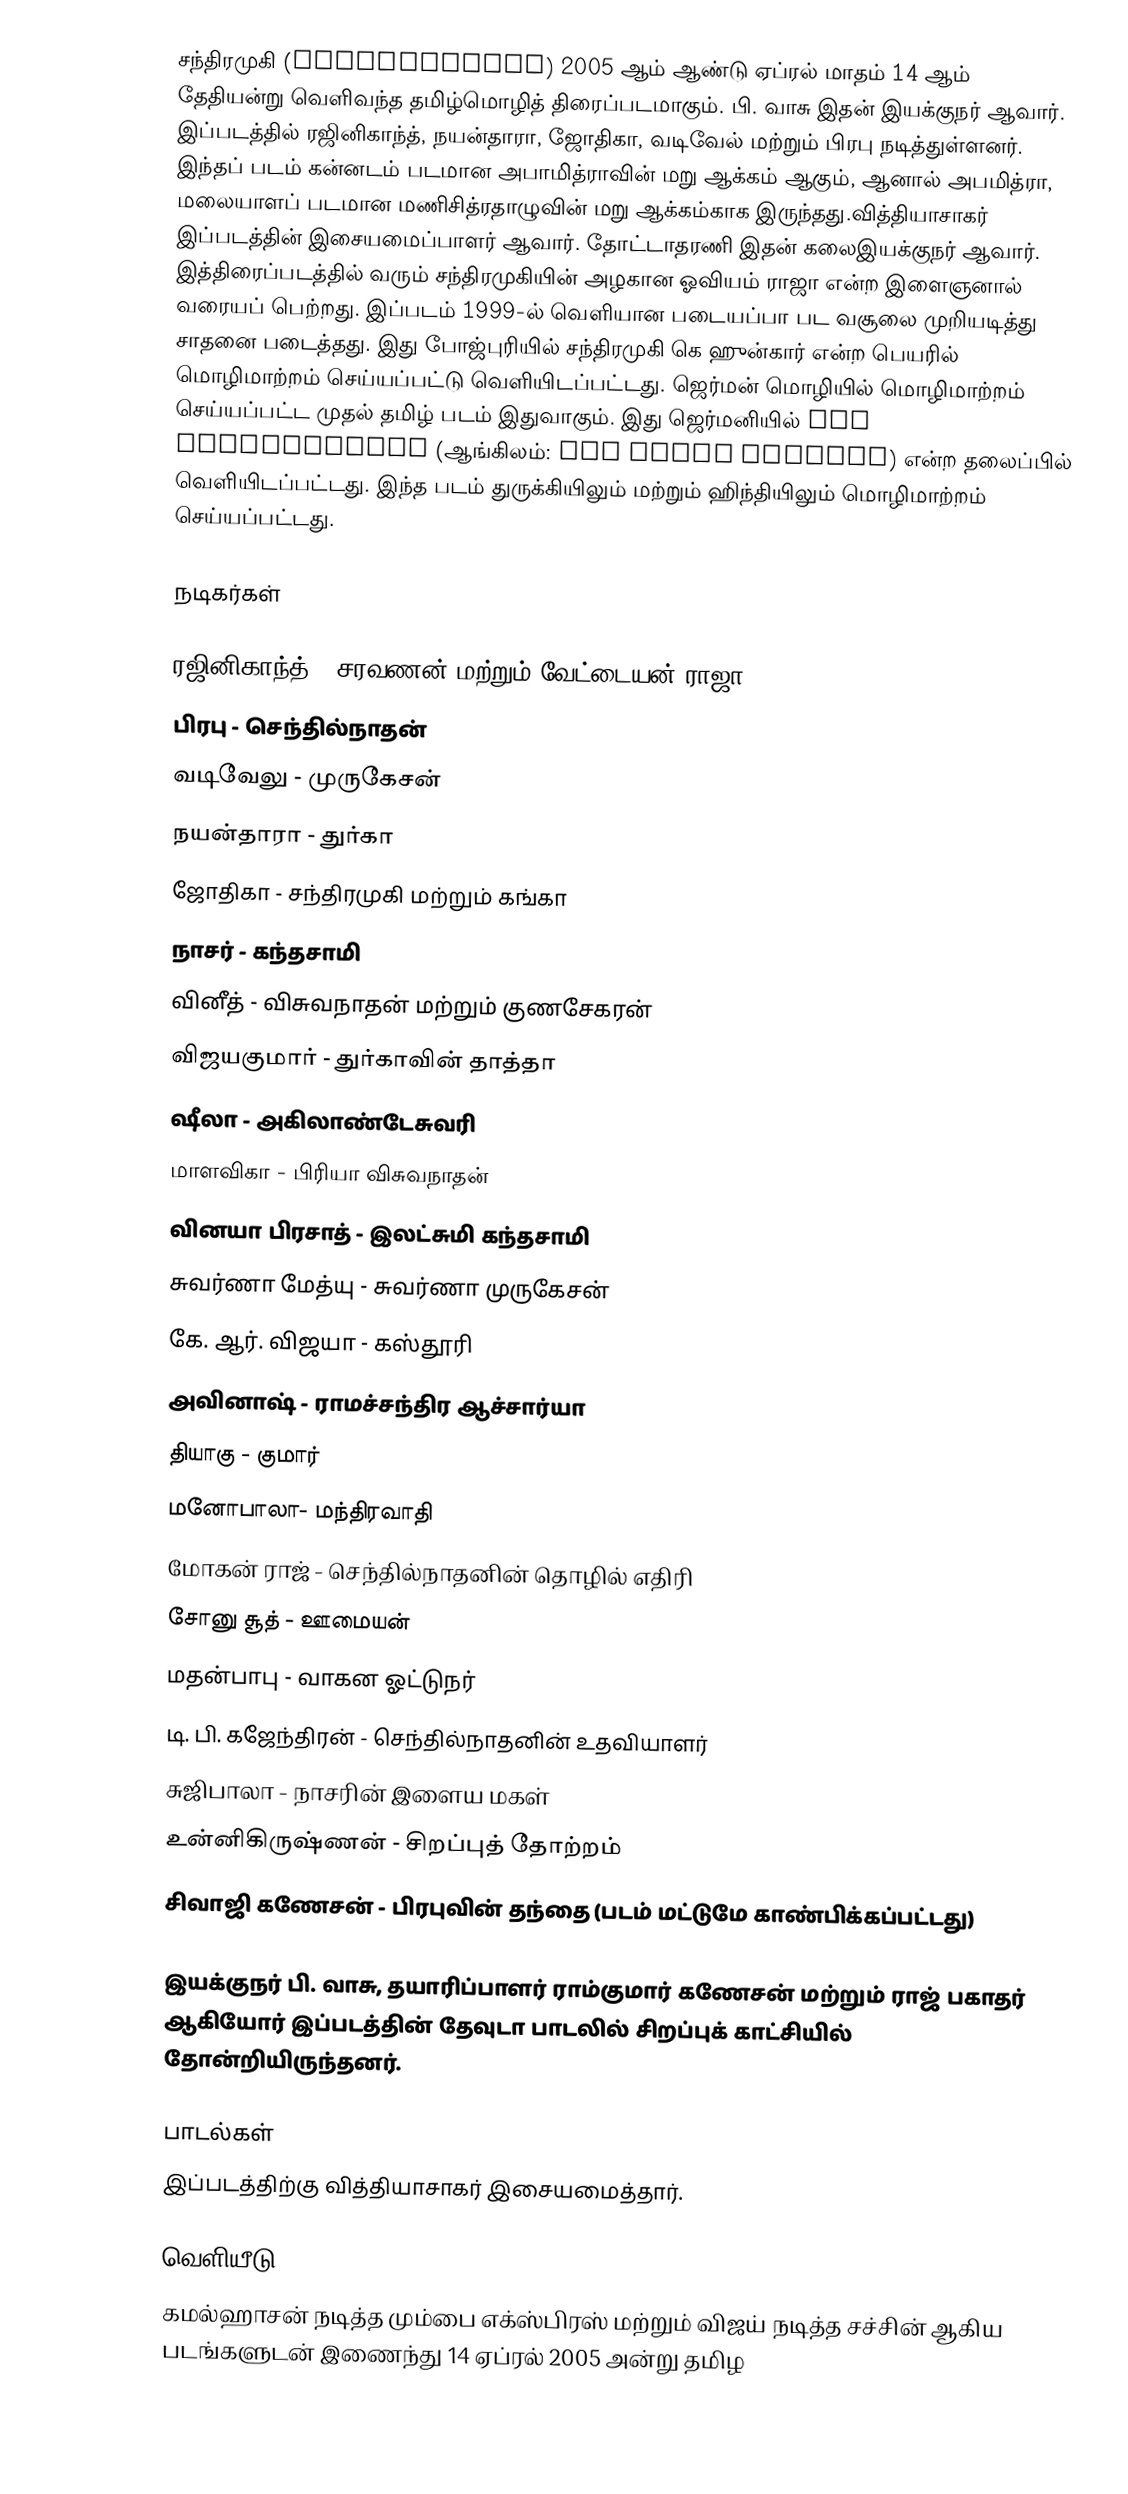
சந்திரமுகி (Chandramukhi) 2005 ஆம் ஆண்டு ஏப்ரல் மாதம் 14 ஆம் தேதியன்று வெளிவந்த  தமிழ்மொழித் திரைப்படமாகும். பி. வாசு இதன் இயக்குநர் ஆவார். இப்படத்தில் ரஜினிகாந்த், நயன்தாரா, ஜோதிகா, வடிவேல் மற்றும் பிரபு நடித்துள்ளனர். இந்தப் படம் கன்னடம் படமான அபாமித்ராவின் மறு ஆக்கம் ஆகும்,  ஆனால் அபமித்ரா, மலையாளப் படமான மணிசித்ரதாழுவின் மறு ஆக்கம்காக இருந்தது.வித்தியாசாகர்  இப்படத்தின் இசையமைப்பாளர் ஆவார். தோட்டாதரணி இதன் கலைஇயக்குநர் ஆவார். இத்திரைப்படத்தில் வரும் சந்திரமுகியின் அழகான ஓவியம் ராஜா என்ற இளைஞனால் வரையப் பெற்றது. இப்படம் 1999-ல் வெளியான படையப்பா பட வசூலை முறியடித்து சாதனை படைத்தது. இது போஜ்புரியில் சந்திரமுகி கெ ஹுன்கார் என்ற பெயரில் மொழிமாற்றம் செய்யப்பட்டு வெளியிடப்பட்டது.  ஜெர்மன் மொழியில் மொழிமாற்றம் செய்யப்பட்ட முதல் தமிழ் படம் இதுவாகும்.  இது ஜெர்மனியில் Der Geisterjäger (ஆங்கிலம்: The Ghost Hunters) என்ற தலைப்பில் வெளியிடப்பட்டது.  இந்த படம் துருக்கியிலும் மற்றும் ஹிந்தியிலும் மொழிமாற்றம் செய்யப்பட்டது.

நடிகர்கள்

 ரஜினிகாந்த் - சரவணன் மற்றும் வேட்டையன் ராஜா
 பிரபு - செந்தில்நாதன்
 வடிவேலு - முருகேசன்
 நயன்தாரா - துர்கா
 ஜோதிகா -  சந்திரமுகி மற்றும் கங்கா
 நாசர் - கந்தசாமி
 வினீத் - விசுவநாதன் மற்றும் குணசேகரன்
 விஜயகுமார் - துர்காவின் தாத்தா
 ஷீலா - அகிலாண்டேசுவரி
 மாளவிகா - பிரியா விசுவநாதன்
 வினயா பிரசாத் - இலட்சுமி கந்தசாமி
 சுவர்ணா மேத்யு - சுவர்ணா முருகேசன்
 கே. ஆர். விஜயா - கஸ்தூரி
 அவினாஷ் - ராமச்சந்திர ஆச்சார்யா
 தியாகு - குமார்
 மனோபாலா- மந்திரவாதி
 மோகன் ராஜ் - செந்தில்நாதனின் தொழில் எதிரி
 சோனு சூத் - ஊமையன்
 மதன்பாபு - வாகன ஓட்டுநர்
 டி. பி. கஜேந்திரன் - செந்தில்நாதனின் உதவியாளர்
 சுஜிபாலா - நாசரின் இளைய மகள்
 உன்னிகிருஷ்ணன் - சிறப்புத் தோற்றம்
 சிவாஜி கணேசன் - பிரபுவின் தந்தை (படம் மட்டுமே காண்பிக்கப்பட்டது)

இயக்குநர் பி. வாசு, தயாரிப்பாளர் ராம்குமார் கணேசன் மற்றும் ராஜ் பகாதர் ஆகியோர் இப்படத்தின் தேவுடா பாடலில் சிறப்புக் காட்சியில் தோன்றியிருந்தனர்.

பாடல்கள்
இப்படத்திற்கு வித்தியாசாகர் இசையமைத்தார்.

வெளியீடு
கமல்ஹாசன் நடித்த மும்பை எக்ஸ்பிரஸ் மற்றும் விஜய் நடித்த சச்சின் ஆகிய படங்களுடன் இணைந்து 14 ஏப்ரல் 2005 அன்று தமிழ